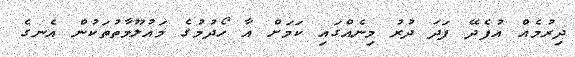
ދިރުމެއް އުފެދޭ ފަދަ ދުރު މިނެއްގައި ކަމަށް އާ ހޯދުމުގެ މައުލޫމާތުތަކުން އެނގެ